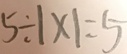
5 \div 1 \times 1 = 5